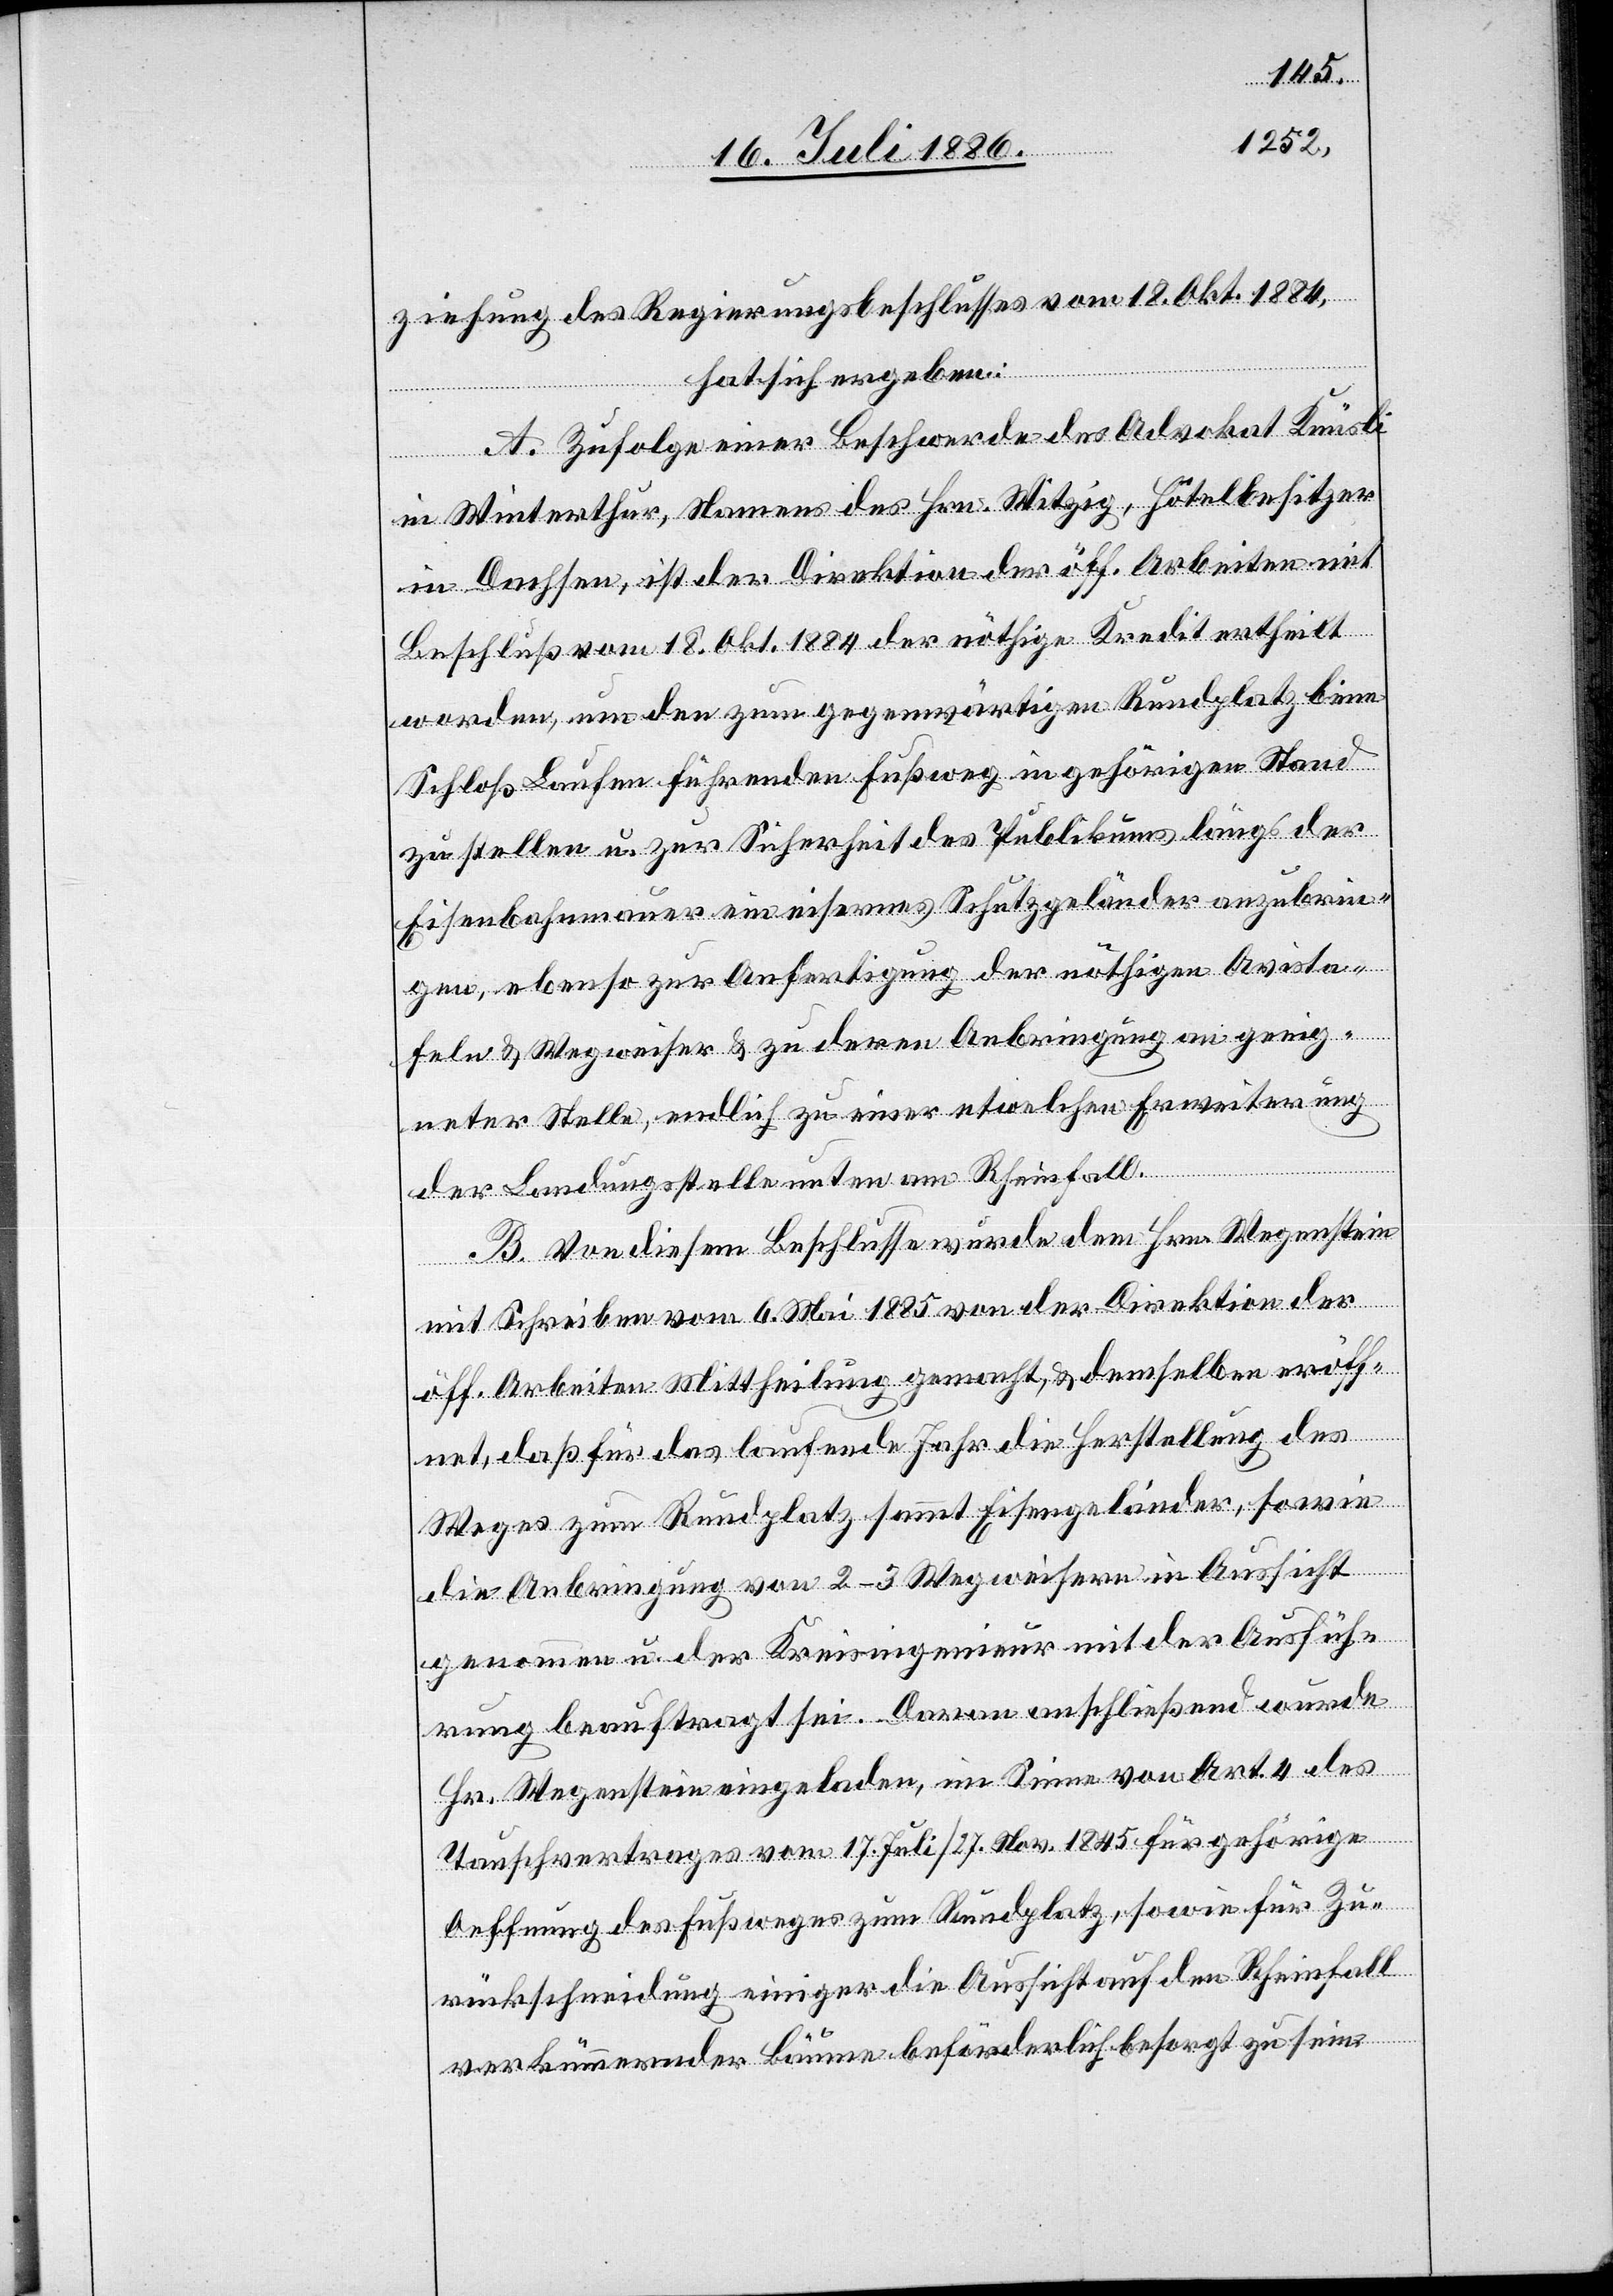
ziehung des Regierungsbeschlusses vom 18. Okt. 1884,
hat sich ergeben:
A. Zufolge einer Beschwerde des Advokat Knüsli
in Winterthur, Namens des Hrn. Witzig, Hôtelbesitzer
in Dachsen, ist der Direktion der öff. Arbeiten mit
Beschluß vom 18. Okt. 1884 der nöthige Kredit ertheilt
worden, um den zum gegenwärtigen Rundplatz beim
Schloß Laufen führenden Fußweg in gehörigen Stand
zu stellen u. zur Sicherheit des Publikums längs der
Eisenbahnmauer ein eisernes Schutzgeländer anzubrin¬
gen, ebenso zur Anfertigung der nöthigen Avista¬
feln & Wegweiser & zu deren Anbringung an geeig¬
neter Stelle, endlich zu einer etwelchen Erweiterung
der Landungsstelle unten am Rheinfall.
B. Von diesem Beschlusse wurde dem Hrn. Wegenstein
mit Schreiben vom 6. Mai 1885 von der Direktion der
öff. Arbeiten Mittheilung gemacht, & demselben eröff¬
net, daß für das laufende Jahr die Herstellung des
Weges zum Rundplatz sammt Eisengeländer, sowie
die Anbringung von 2–3 Wegweisern in Aussicht
genommen u. der Kreisingenieur mit der Ausfüh¬
rung beauftragt sei. Daran anschließend wurde
Hr. Wegenstein eingeladen, im Sinne von Art. 4 des
Tauschvertrages vom 17. Juli/27. Nov. 1845 für gehörige
Oeffnung des Fußweges zum Rundplatz, sowie für Zu¬
rückschneidung einiger die Aussicht auf den Rheinfall
verkümmernder Bäume beförderlichst besorgt zu sein.